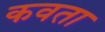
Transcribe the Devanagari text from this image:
कवता